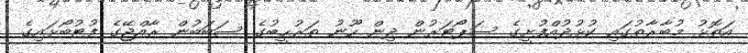
އަތޮޅު މުބާރާތުގައި ކުޅުދުއްފުށީގެ ސަޕޯޓަރުން ދިން ހޫނު ތަރުޙީބުގެ ސަބަބުން ރާއްޖޭގެ ފުޓުބޯޅައިގެ